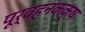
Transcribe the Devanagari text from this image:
पूर्वहनकक्ष